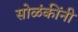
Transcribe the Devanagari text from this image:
सोळंकींनी